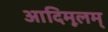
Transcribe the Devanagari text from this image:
आदिमूलम्